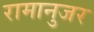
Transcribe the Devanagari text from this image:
रामानुजर